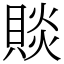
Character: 賧